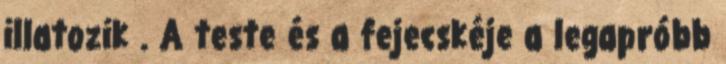
illatozik . A teste és a fejecskéje a legapróbb